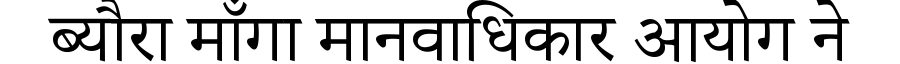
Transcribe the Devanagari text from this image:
ब्यौरा माँगा मानवाधिकार आयोग ने